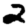
Digit: 2